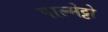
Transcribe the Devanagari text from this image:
पाल्मेट्टो